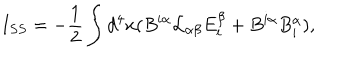
I _ { S S } = - \frac { 1 } { 2 } \int d ^ { 4 } x ( B ^ { i \alpha } { \cal L } _ { \alpha \beta } E _ { i } ^ { \beta } + B ^ { i \alpha } B _ { i } ^ { \alpha } ) ,